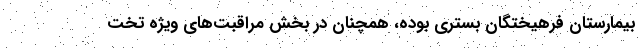
بیمارستان فرهیختگان بستری بوده، همچنان در بخش مراقبت‌های ویژه تخت